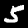
Digit: 5